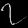
Digit: ၇